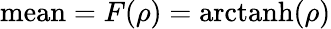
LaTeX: {\mathrm{mean}}=F(\rho)=\operatorname{arctanh}(\rho)